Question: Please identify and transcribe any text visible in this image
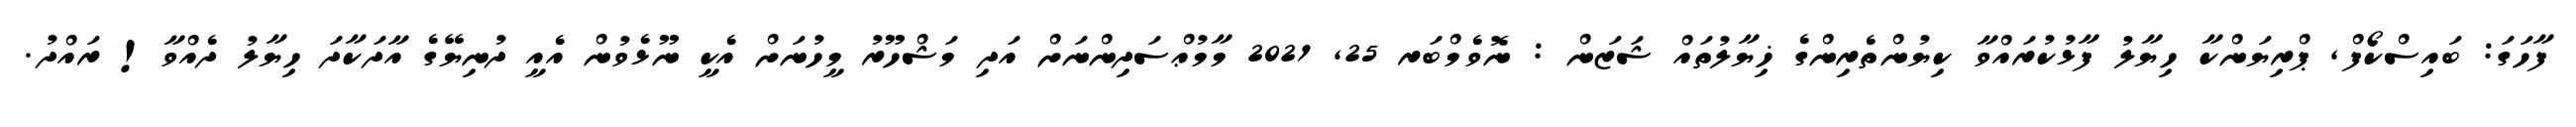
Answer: ފާހަގަ: ބައިސްކޯފް, ޕްރިޔަންކާ ހިޔާލު ފާޅުކުރައްވާ ކިޔުންތެރިންގެ ޚިޔާލުތައް ޝަޒަން : ނޮވެމްބަރ 25, 2021 މާމުޢްސަދިންނަށް އަދި މަޝްހޫރު މީހުނަށް އެކީ ނޫޅެވުން އެއީ ދުނިޔޭގެ އާދަކާދަ ހިޔާލު ދެއްވާ! ރައްދު.